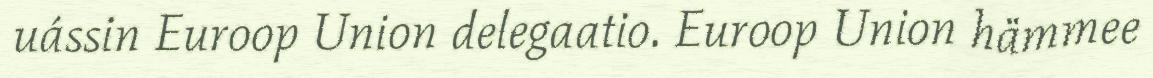
uássin Euroop Union delegaatio. Euroop Union hämmee